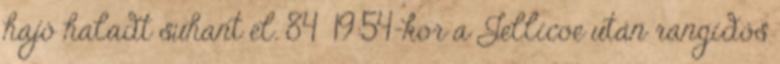
hajó haladt suhant el. 84 19:54-kor a Jellicoe után rangidős